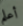
أعلم